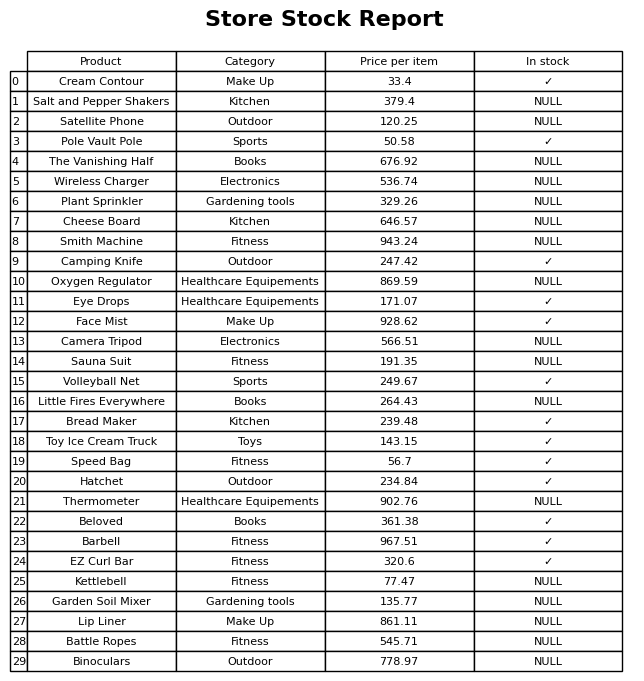
question: Is the Plant Sprinkler in stock?
answer: NULL